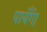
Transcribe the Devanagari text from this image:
पायेँगे।